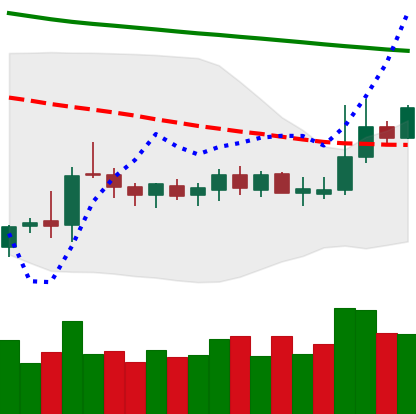
Ticker: DOGE-USD
Chart end date: 2019-10-16
Forward return: 6.406%
Label: up_5_7